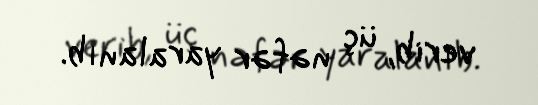
verib, üç nəfər yaralanıb.